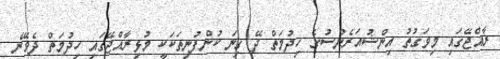
ރާއްޖޭގައި މިވަގުތު އިންޝުއަރެންސުގެ ހިދުމަތް ދޭ ގިނަ ކުންފުނިތަކަކީ މުޅިރާއްޖޭގައި ހިދުމަތް ދެވޭނެ